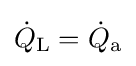
{\dot {Q}}_{\text{L}}={\dot {Q}}_{\text{a}}